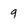
Character: 9